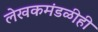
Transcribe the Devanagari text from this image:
लेखकमंडळीही